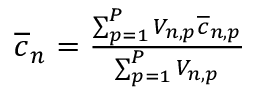
\begin{array} { r } { \overline { { c } } _ { n } = \frac { \sum _ { p = 1 } ^ { P } V _ { n , p } \overline { { c } } _ { n , p } } { \sum _ { p = 1 } ^ { P } V _ { n , p } } } \end{array}